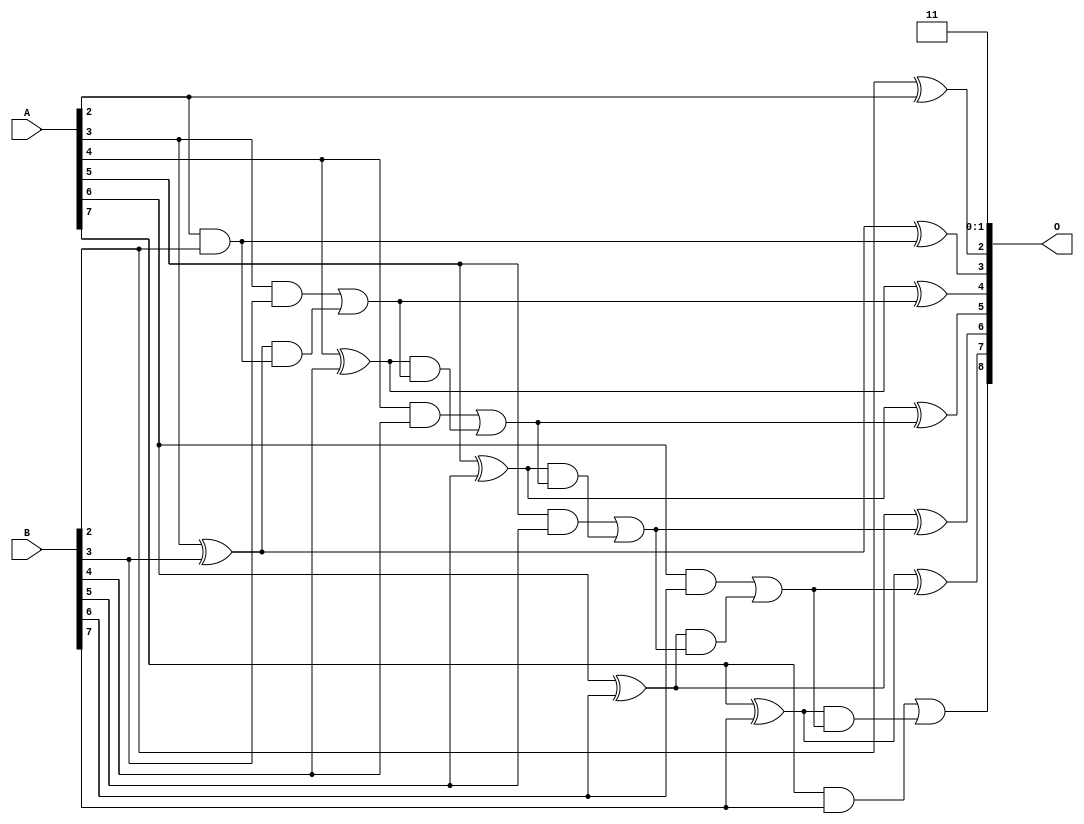
/***
* This code is a part of EvoApproxLib library (ehw.fit.vutbr.cz/approxlib) distributed under The MIT License.
* When used, please cite the following article(s): PRABAKARAN B. S., MRAZEK V., VASICEK Z., SEKANINA L., SHAFIQUE M. ApproxFPGAs: Embracing ASIC-based Approximate Arithmetic Components for FPGA-Based Systems. DAC 2020. 
***/
// MAE% = 0.23 %
// MAE = 1.2 
// WCE% = 0.59 %
// WCE = 3.0 
// WCRE% = 200.00 %
// EP% = 75.00 %
// MRE% = 0.69 %
// MSE = 2.5 
// FPGA_POWER = 0.32
// FPGA_DELAY = 7.5
// FPGA_LUT = 6.0


module add8u_016(A, B, O);
  input [7:0] A, B;
  output [8:0] O;
  wire sig_24, sig_27, sig_28, sig_29, sig_30, sig_32;
  wire sig_33, sig_34, sig_35, sig_37, sig_38, sig_39;
  wire sig_40, sig_42, sig_43, sig_44, sig_45, sig_47;
  wire sig_48, sig_49, sig_50;
  assign O[2] = B[2] ^ A[2];
  assign O[0] = 1'b1;
  assign sig_24 = A[2] & B[2];
  assign sig_27 = sig_24;
  assign sig_28 = A[3] ^ B[3];
  assign sig_29 = A[3] & B[3];
  assign sig_30 = sig_28 & sig_27;
  assign O[3] = sig_28 ^ sig_27;
  assign sig_32 = sig_29 | sig_30;
  assign sig_33 = A[4] ^ B[4];
  assign sig_34 = A[4] & B[4];
  assign sig_35 = sig_33 & sig_32;
  assign O[4] = sig_33 ^ sig_32;
  assign sig_37 = sig_34 | sig_35;
  assign sig_38 = A[5] ^ B[5];
  assign sig_39 = A[5] & B[5];
  assign sig_40 = sig_38 & sig_37;
  assign O[5] = sig_38 ^ sig_37;
  assign sig_42 = sig_39 | sig_40;
  assign sig_43 = A[6] ^ B[6];
  assign sig_44 = A[6] & B[6];
  assign sig_45 = sig_43 & sig_42;
  assign O[6] = sig_43 ^ sig_42;
  assign sig_47 = sig_44 | sig_45;
  assign sig_48 = A[7] ^ B[7];
  assign sig_49 = A[7] & B[7];
  assign sig_50 = sig_48 & sig_47;
  assign O[7] = sig_48 ^ sig_47;
  assign O[8] = sig_49 | sig_50;
  assign O[1] = O[0];
endmodule